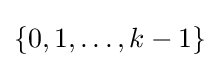
\textstyle \{0,1,\dots ,k-1\}